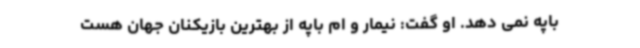
باپه نمی دهد. او گفت: نیمار و ام باپه از بهترین بازیکنان جهان هست